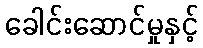
ခေါင်းဆောင်မှုနှင့်